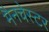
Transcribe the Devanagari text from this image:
मैनचेस्‍टर